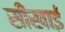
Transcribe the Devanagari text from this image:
सीखाई